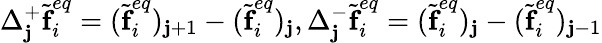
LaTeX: \Delta_{\mathbf{j}}^{+}\widetilde{{\textbf{{f}}}}_{i}^{eq}=(\widetilde{{\textbf{{f}}}}_{i}^{eq})_{\mathbf{j}+1}-(\widetilde{{\textbf{{f}}}}_{i}^{eq})_{\mathbf{j}},\Delta_{\mathbf{j}}^{-}\widetilde{{\textbf{{f}}}}_{i}^{eq}=(\widetilde{{\textbf{{f}}}}_{i}^{eq})_{\mathbf{j}}-(\widetilde{{\textbf{{f}}}}_{i}^{eq})_{\mathbf{j}-1}